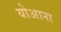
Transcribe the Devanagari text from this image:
योआना